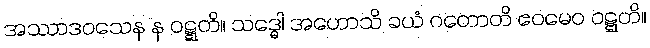
အဿာဒဝသေန န ဝဋ္ဋတိ။ သဒ္ဓေါ အဟောသိ ခယံ ဂတောတိ ဧဝမေဝ ဝဋ္ဋတိ။